Indian journal of veterinary science and animal husbandry - Volumes 24-25, 1954-1955
Year: 1954
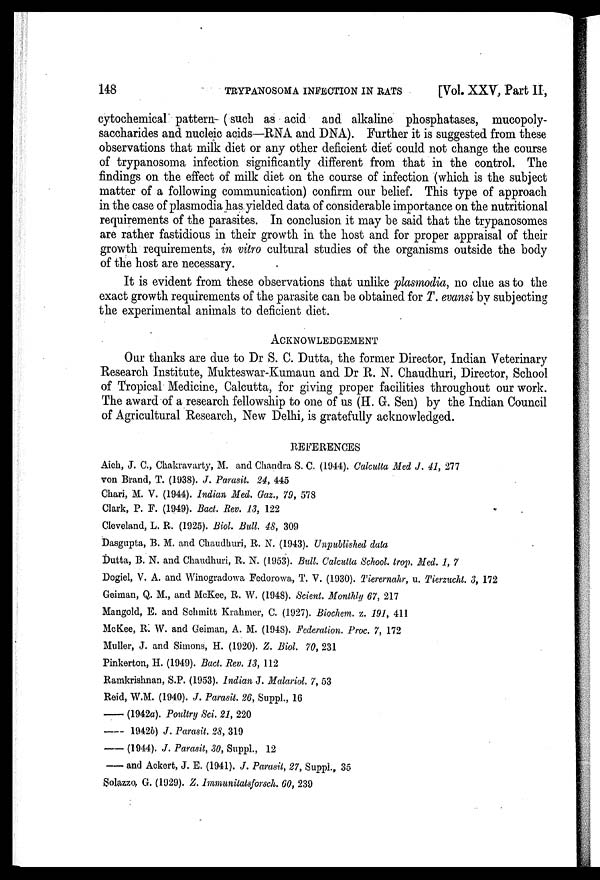
148 TRYPANOSOMA INFECTION IN RATS [Vol. XXV, Part II,
cytochemical pattern (such as acid and alkaline phosphatases, mucopoly-
saccharides and nucleic acids—RNA and DNA). Further it is suggested from these
observations that milk diet or any other deficient diet could not change the course
of trypanosoma infection significantly different from that in the control. The
findings on the effect of milk diet on the course of infection (which is the subject
matter of a following communication) confirm our belief. This type of approach
in the case of plasmodia has yielded data of considerable importance on the nutritional
requirements of the parasites. In conclusion it may be said that the trypanosomes
are rather fastidious in their growth in the host and for proper appraisal of their
growth requirements, in vitro cultural studies of the organisms outside the body
of the host are necessary.
It is evident from these observations that unlike plasmodia, no clue as to the
exact growth requirements of the parasite can be obtained for T. evansi by subjecting
the experimental animals to deficient diet.
ACKNOWLEDGEMENT
Our thanks are due to Dr S. C. Dutta, the former Director, Indian Veterinary
Research Institute, Mukteswar-Kumaun and Dr R. N. Chaudhuri, Director, School
of Tropical Medicine, Calcutta, for giving proper facilities throughout our work.
The award of a research fellowship to one of us (H. G. Sen) by the Indian Council
of Agricultural Research, New Delhi, is gratefully acknowledged.
REFERENCES
Aich, J. C., Chakravarty, M. and Chandra S. C. (1944). Calcutta Med J. 41, 277
von Brand, T. (1938). J. Parasit. 24, 445
Chari, M. V. (1944). Indian Med. Gaz., 79, 578
Clark, P. F. (1949). Bact. Rev. 13, 122
Cleveland, L. R. (1925). Biol. Bull. 48, 309
Dasgupta, B. M. and Chaudhuri, R. N. (1943). Unpublished data
Dutta, B. N. and Chaudhuri, R. N. (1953). Bull. Calcutta School, trop. Med. 1, 7
Dogiel, V. A. and Winogradowa Fedorowa, T. V. (1930). Tierernahr, u. Tierzucht. 3, 172
Geiman, Q. M., and McKee, R. W. (1948). Scient. Monthly 67, 217
Mangold, E. and Schmitt Krahmer, C. (1927). Biochem. z. 191, 411
McKee, R. W. and Geiman, A. M. (1948). Federation. Proc. 7, 172
Muller, J. and Simons, H. (1920). Z. Biol. 70, 231
Pinkerton, H. (1949). Bact. Rev. 13, 112
Ramkrishnan, S.P. (1953). Indian J. Malariol. 7, 53
Reid, W.M. (1940). J. Parasit. 26, Suppl., 16
——(1942a). Poultry Sci. 21, 220
——1942b) J. Parasit. 28, 319
——(1944). J. Parasit, 30, Suppl., 12
——and Ackert, J. E. (1941). J. Parasit, 27, Suppl., 35
Solazzo, G. (1929). Z. Immunitatsforsch. 60, 239